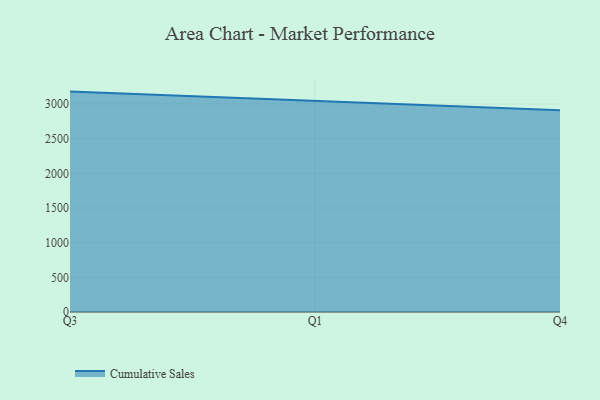
{"axis": {"x": "Quarter", "y": "Operating Costs (USD K)"}, "legend": ["Cumulative Sales"], "data": [{"x": "Q3", "y": 3178.3, "type": "Cumulative Sales"}, {"x": "Q1", "y": 3038.4, "type": "Cumulative Sales"}, {"x": "Q4", "y": 2908.5, "type": "Cumulative Sales"}]}